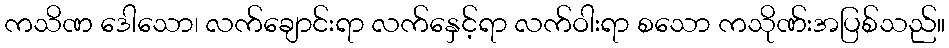
ကသိဏ ဒေါသော၊ လက်ချောင်းရာ လက်နှေင့်ရာ လက်ဝါးရာ စသော ကသိုဏ်းအပြစ်သည်။